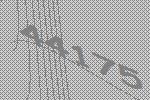
44175